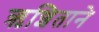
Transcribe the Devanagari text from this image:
ऋशिताने